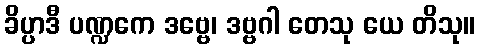
ခိပ္ပာဒီ ပဏ္ဍကေ ဒဗ္ဗေ၊ ဒဗ္ဗဂါ တေသု ယေ တိသု။